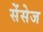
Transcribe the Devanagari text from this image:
सेंसेज